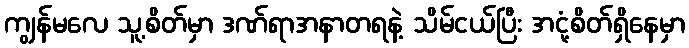
ကျွန်မလေ သူ့စိတ်မှာ ဒဏ်ရာအနာတရနဲ့ သိမ်ငယ်ပြီး အငုံ့စိတ်ရှိနေမှာ